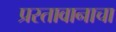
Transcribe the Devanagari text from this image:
प्रस्तावानाचा